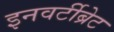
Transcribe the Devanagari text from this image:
इनवर्टीब्रेट